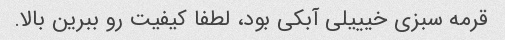
قرمه سبزی خیییلی آبکی بود، لطفا کیفیت رو ببرین بالا.